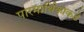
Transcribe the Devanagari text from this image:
पारमार्थिकाकडे